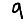
Digit: 9